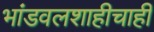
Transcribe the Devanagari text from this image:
भांडवलशाहीचाही